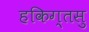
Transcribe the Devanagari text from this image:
हकिग्तसु